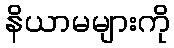
နိယာမများကို